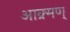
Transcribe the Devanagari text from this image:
आक्र्मण्